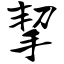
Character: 挈